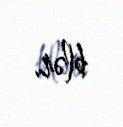
blər.